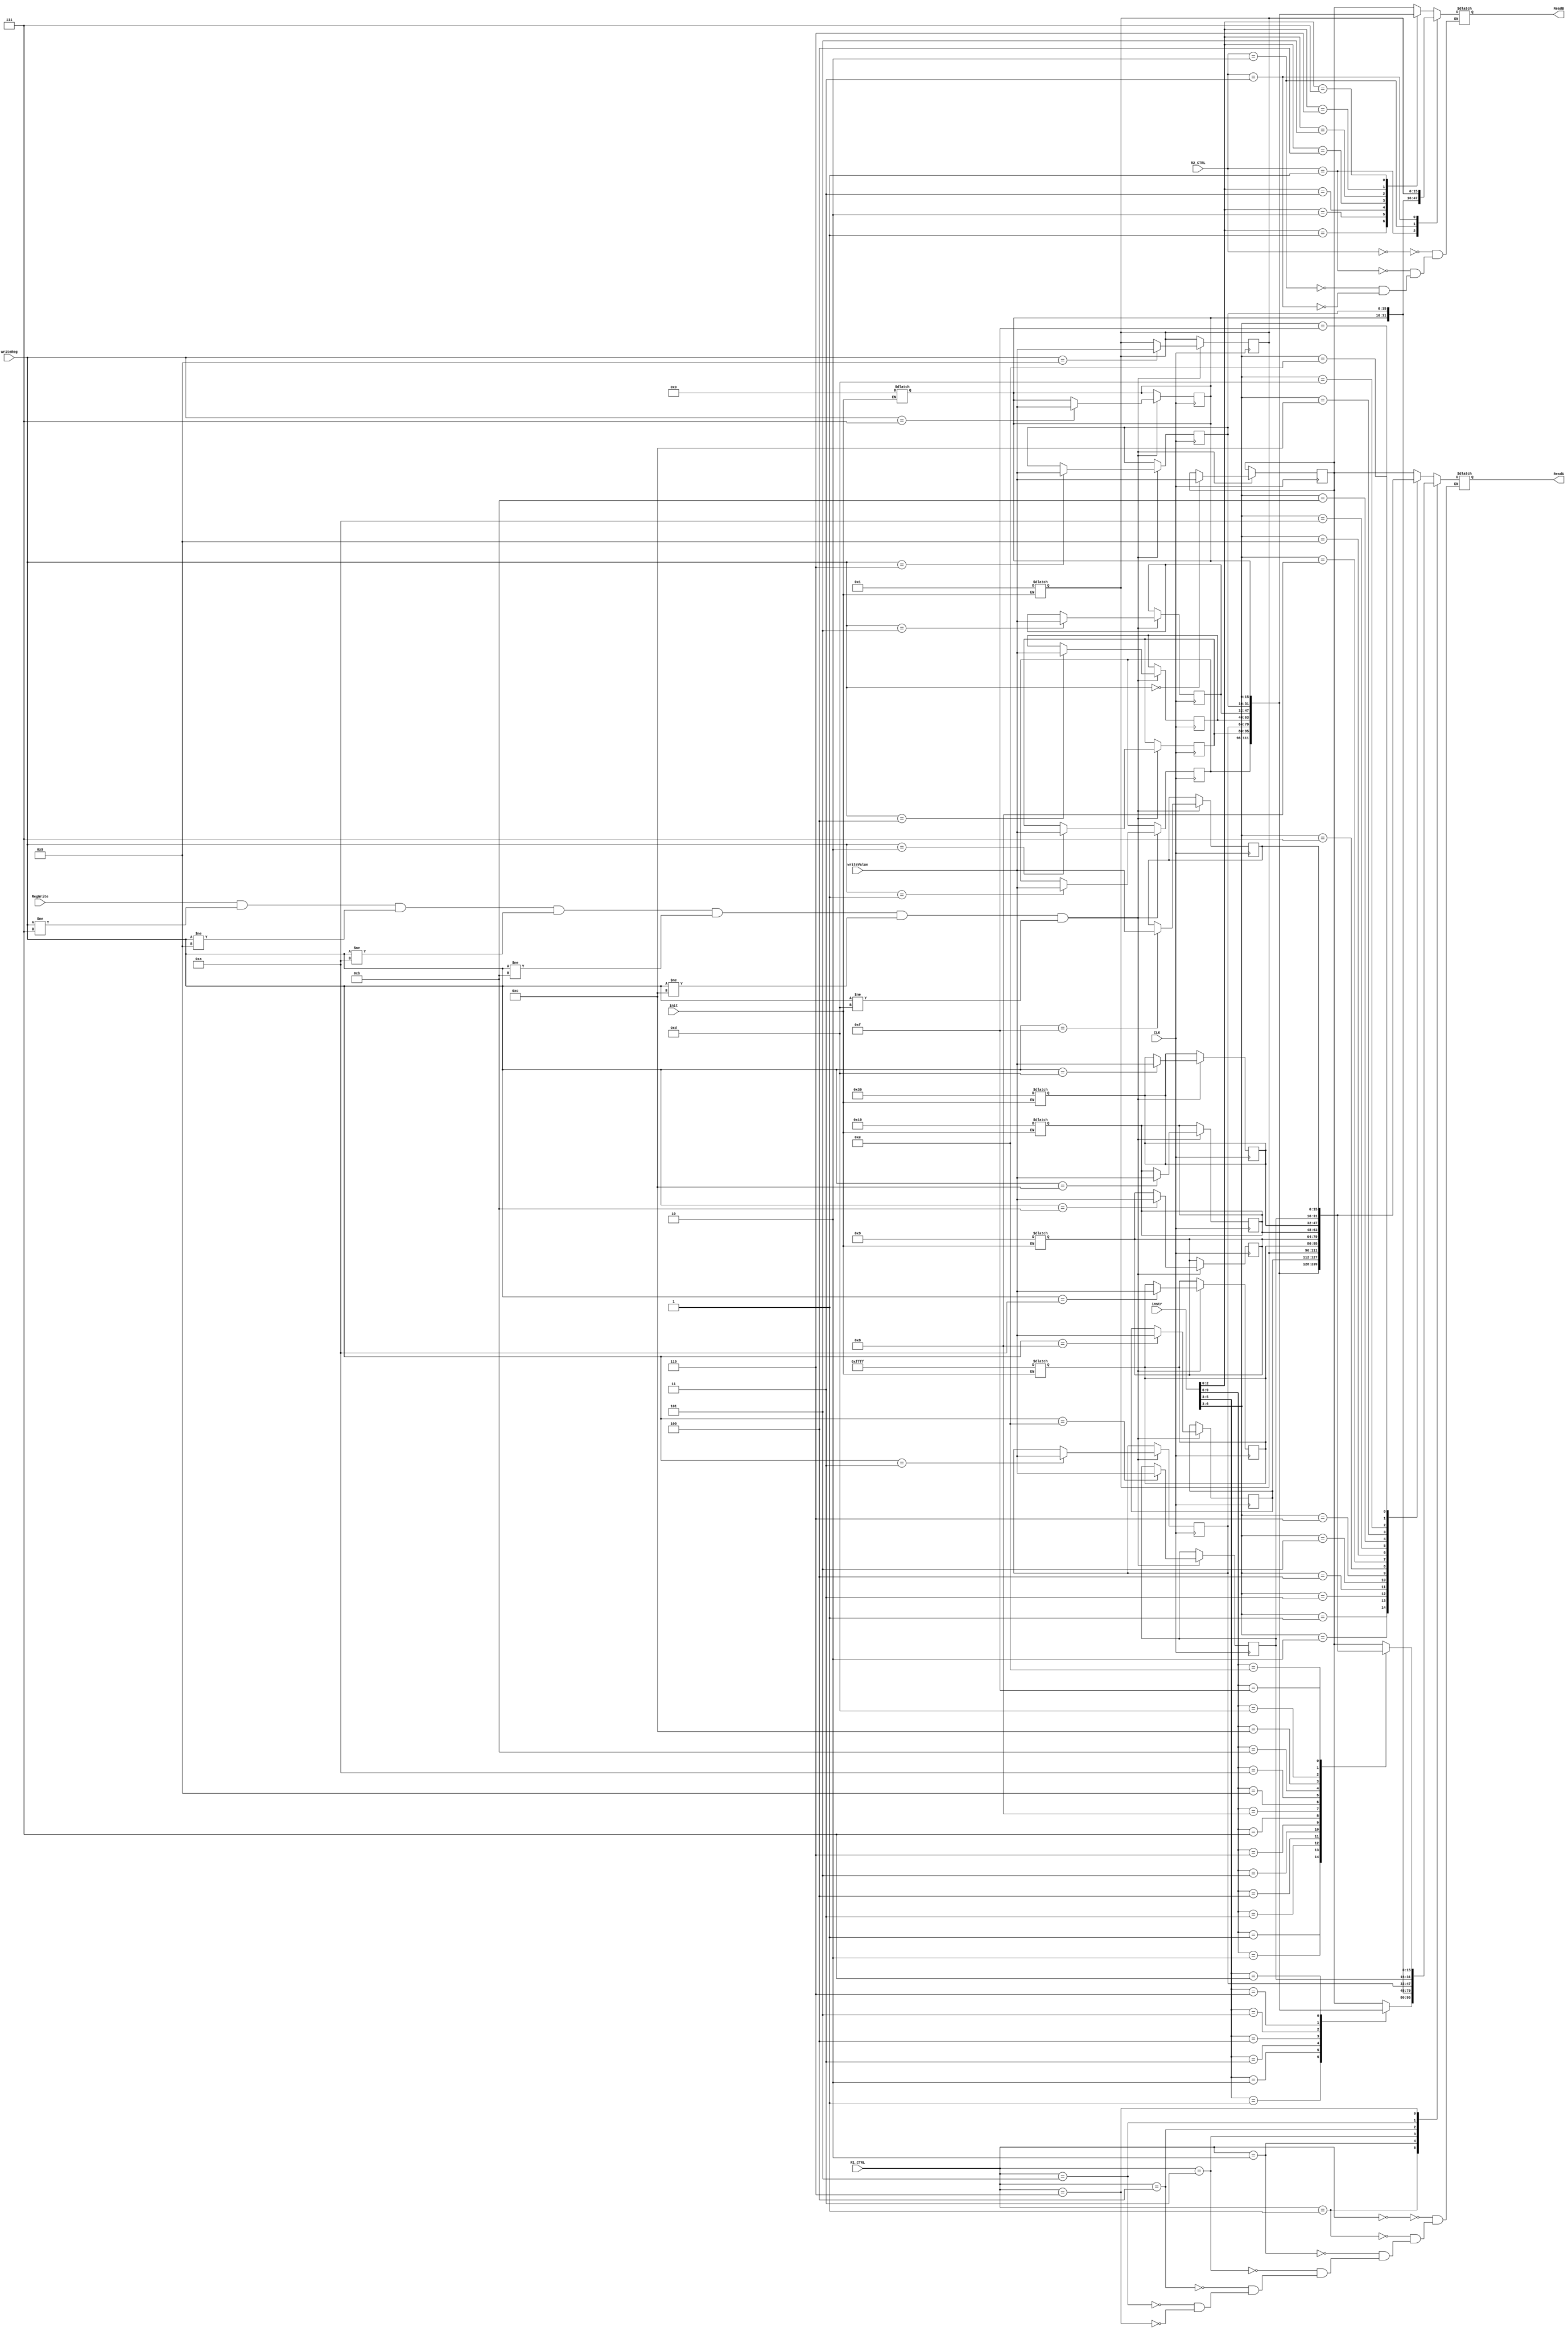
`timescale 1ns / 1ps
//////////////////////////////////////////////////////////////////////////////////
// Company: 
// Engineer: 
// 
// Design Name: 
// Module Name:    reg_file 
// Project Name: 
// Target Devices: 
// Tool versions: 
// Description: 
//
// Dependencies: 
//
// Revision: 
// Revision 0.01 - File Created
// Additional Comments: 
//
//////////////////////////////////////////////////////////////////////////////////

module reg_file(
	 input wire CLK,
	 input init,
	 
	 input wire RegWrite,
	 input [3:0] R1_CTRL,
	 input [3:0] R2_CTRL,
    input [3:0] writeReg,
    input [15:0] writeValue,
	 input [9:0] instr,
	 output reg [15:0] ReadA,
    output reg [15:0] ReadB
    );
	 
	reg [15:0] registers[15:0];
	
		/*
		0		$t1
		1		$t2
		2		$t3
		3		$t4
		4		$t5
		5		$t6
		6		$beq1
		7		$zero
		8		$beq2
		9		$one
		10		$negone
		11		$nine
		12		$sixteen
		13		$fourtyeight
		14		$load
		*/
			
	always@ (instr)
	begin
		$display("ctrl %d isntr %d", R1_CTRL, instr[6:3]);
		
		case (R1_CTRL)
			0:  ReadA = registers[instr[6:3]]; 			// (add+shift+join) first reg (4 bits)
			1:  ReadA = registers[{1'b0, instr[5:3]}];// (and) first reg (3 bits, concatenate 0 to front)
			2:  ReadA = registers[7];						//	reg $zero
			3:  ReadA = registers[6];						//	reg $beq1
			4:  ReadA = registers[3];						// reg $t4
			5:  ReadA = registers[14];						// reg $load
			6:  ReadA = registers[instr[9:6]];			// last 4 bits of instr
		endcase
		
		case (R2_CTRL)
			0:  ReadB = registers[instr[2:0]]; 			// last three bits for reg
			1:  ReadB = registers[7];						//	reg $zero
			2:  ReadB = registers[6];						//	reg $beq1
			3:  ReadB = registers[9];						// reg $one
		endcase
	

		if(init==1)
		begin
			 registers[7]  =   16'b0;
			 registers[9]  =   16'b1;
			 registers[10] =  -16'd1;
			 registers[11] =   16'd 9;
			 registers[12] =   16'd 16;
			 registers[13] =   16'd 48;
		end
		
	end

always @ (posedge CLK)
begin
  if (RegWrite && (writeReg != 4'd7) && (writeReg != 4'd9)&& 
  (writeReg != 4'd10)&& (writeReg != 4'd11)&& (writeReg != 4'd12)&& 
  (writeReg != 4'd13))
  begin
    registers[writeReg] <= writeValue;
  end
end

endmodule